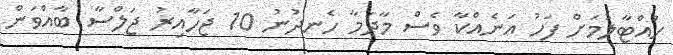
ހުއްޓާލުމަށް ފަހު އަނެއްކާ ވެސް މާދަމާ ހެނދުނު 10 ޖަހާއިރު ޖަލްސާ ބާއްވަން